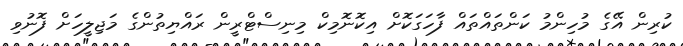
ކުރިން އޭގެ މުހިންމު ކަންތައްތައް ފާހަގަކޮށް އިކޮނޮމިކް މިނިސްޓްރީން ރައްޔިތުންގެ މަޖިލީހަށް ފޮނުވި